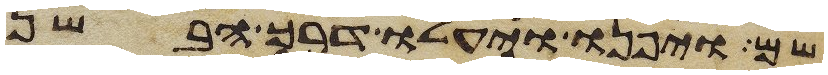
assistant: שם ויפנו ויעלו דרך הבשן